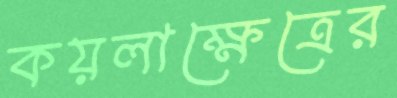
কয়লাক্ষেত্রের